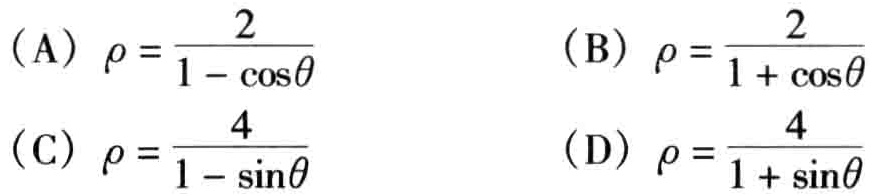
(A) \(\rho = \frac{2}{1 - \cos\theta}\)
(B) \(\rho = \frac{2}{1 + \cos\theta}\)
(C) \(\rho = \frac{4}{1 - \sin\theta}\)
(D) \(\rho = \frac{4}{1 + \sin\theta}\)